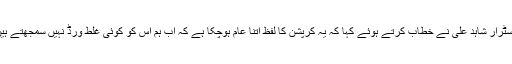
KIUکے رجسٹرار شاہد علی نے خطاب کرتے ہوئے کہا کہ یہ کرپشن کا لفظ اتنا عام ہوچکا ہے کہ اب ہم اس کو کوئی غلط ورڈ نہیں سمجھتے ہیں ۔